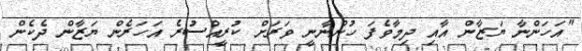
"އަހަންނާ ޔަޒާން އާއި ދިމާވެފަ ހުންނާނީ ވަރަށް ކުރީއްސުރެ އަހަރެން ޔަޒާން ދެކެން